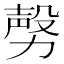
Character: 𣪤